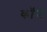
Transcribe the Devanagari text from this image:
कॉन्टे